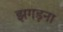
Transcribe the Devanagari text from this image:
झगड़ना